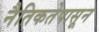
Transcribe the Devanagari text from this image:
नैतिकतेपासून